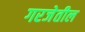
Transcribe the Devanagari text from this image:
गरजेतील